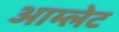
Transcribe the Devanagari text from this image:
आम्‍लेट